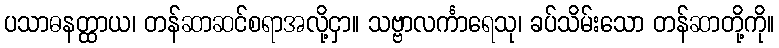
ပသာဓနတ္ထာယ၊ တန်ဆာဆင်စရာအလို့ငှာ။ သဗ္ဗာလင်္ကာရေသု၊ ခပ်သိမ်းသော တန်ဆာတို့ကို။